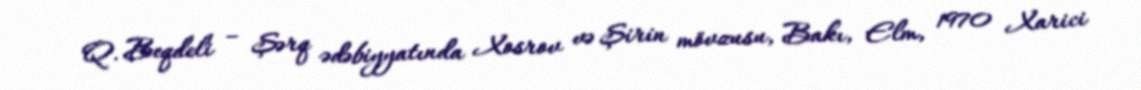
Q. Beqdeli – Şərq ədəbiyyatında Xosrov və Şirin mövzusu, Bakı, Elm, 1970 Xarici